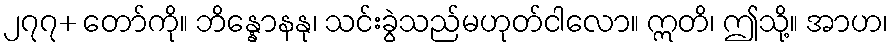
၂၇၇+ တော်ကို။ ဘိန္နောနနု၊ သင်းခွဲသည်မဟုတ်ငါလော။ ဣတိ၊ ဤသို့။ အာဟ၊